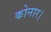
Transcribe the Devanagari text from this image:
कोनार।